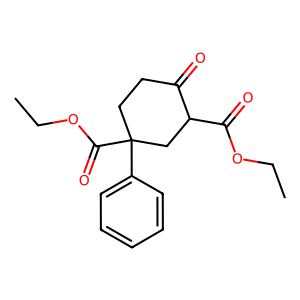
SMILES: CCOC(=O)C1CC(C(=O)OCC)(c2ccccc2)CCC1=O
Inhibits HIV replication: No